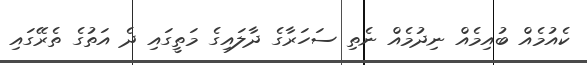
ކެއުމެއް ބުއިމެއް ނިދުމެއް ނެތި ސަހަރާގެ ދާލައިގެ މަތީގައި ދެ އަތުގެ ތެރޭގައި